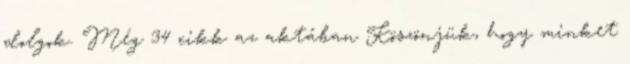
dolgok. Még 34 cikk az aktában Köszönjük, hogy minket